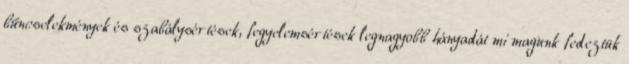
bűncselekmények és szabálysértések, fegyelemsértések legnagyobb hányadát mi magunk fedeztük